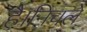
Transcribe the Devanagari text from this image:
है।निचले